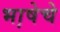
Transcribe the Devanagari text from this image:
भा़षेचे